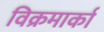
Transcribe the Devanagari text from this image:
विक्रमार्का